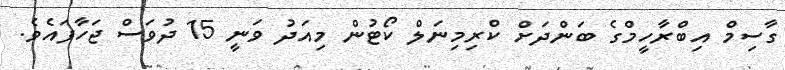
ގާސިމް އިބްރާހީމްގެ ބަންދަށް ކްރިމިނަލް ކޯޓުން މިއަދު ވަނީ 15 ދުވަސް ޖަހާފައެވެ.